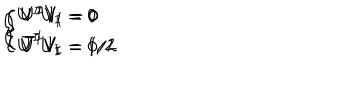
\left\{ \begin{array} { l } { { U ^ { I } U _ { I } = 0 } } \\ { { { \bar { U } } ^ { I } U _ { I } = 1 / 2 } } \\ \end{array} \right. \hspace { 1 c m } \left\{ \begin{array} { l } { { V ^ { I } V _ { I } = 0 } } \\ { { { \bar { V } } ^ { I } V _ { I } = 1 / 2 } } \\ \end{array} \right. \hspace { 1 c m } \left\{ \begin{array} { l } { { U ^ { I } V _ { I } = 0 } } \\ { { { \bar { U } } ^ { I } V _ { I } = 0 } } \\ \end{array} \right.